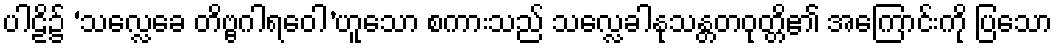
ပါဠိ၌ ‘သလ္လေခေ တိဗ္ဗဂါရဝေါ’ဟူသော စကားသည် သလ္လေခါနုသန္တတဝုတ္တိ၏ အကြောင်းကို ပြသော